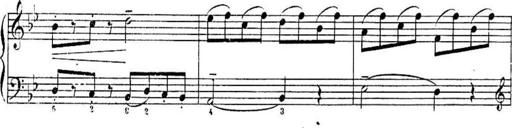
Title: Sonatines
Composer: Hedwige ChrÃ©tien